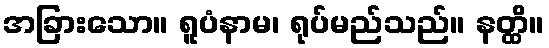
အခြားသော။ ရူပံနာမ၊ ရုပ်မည်သည်။ နတ္ထိ။